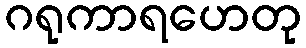
ဂရုကာရဟေတု